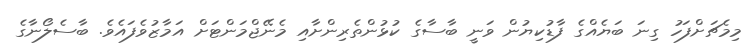
މިމެޗަށްފަހު ގިނަ ބަޔެއްގެ ފާޑުކިޔުން ވަނީ ބާސާގެ ކުޅުންތެރިންށާއި މެނޭޖްމަންޓަށް އަމާޒުވެފައެވެ. ބާސެލޯނާގެ